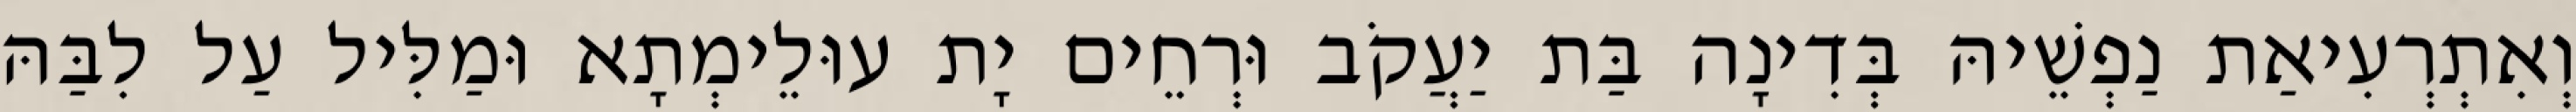
וְאִתְרְעִיאַת נַפְשֵׁיהּ בְּדִינָה בַּת יַעֲקֹב וּרְחֵים יָת עוּלֵימְתָא וּמַלִּיל עַל לִבַּהּ